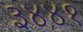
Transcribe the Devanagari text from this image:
३४४१